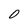
Character: 0